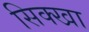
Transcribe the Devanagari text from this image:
सिक्खा